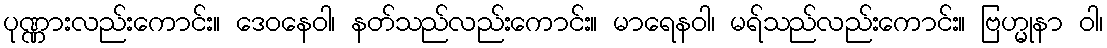
ပုဏ္ဏားလည်းကောင်း။ ဒေဝနေဝါ၊ နတ်သည်လည်းကောင်း။ မာရေနဝါ၊ မရ်သည်လည်းကောင်း။ ဗြဟ္မုနာ ဝါ၊